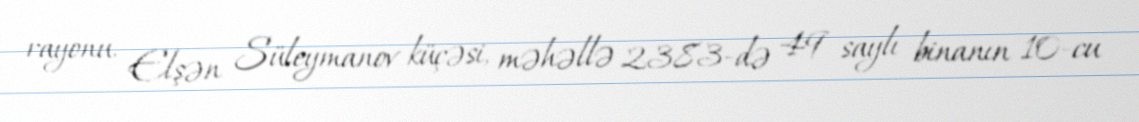
rayonu, Elşən Süleymanov küçəsi, məhəllə 2383-də 49 saylı binanın 10-cu